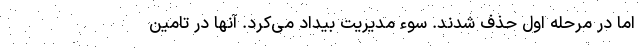
اما در مرحله اول حذف شدند. سوء مدیریت بیداد می‌کرد. آنها در تامین